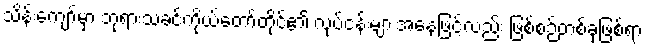
သိန်းကျော်မှာ ဘုရားသခင်ကိုယ်တော်တိုင်၏ လုပ်ငန်းများအနေဖြင့်လည်း ဖြစ်စဉ်တစ်ခုဖြစ်ရာ